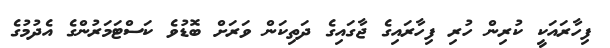
ފިހާރައަކީ ކުރިން ހުރި ފިހާރައިގެ ޖާގައިގެ ދަތިކަން ވަރަށް ބޮޑުވެ ކަސްޓަމަރުންގެ އެދުމުގެ